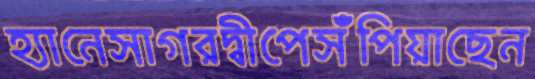
হ্যানেসাগরদ্বীপেসঁপিয়াছেন